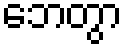
ဘေတွာ